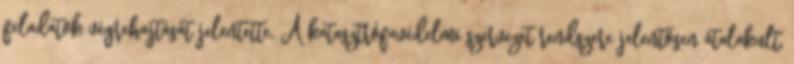
feladatok végrehajtását jelentette. A katasztrófavédelmi szervezet rendszere jelentősen átalakult,